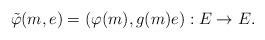
LaTeX: \begin{align*} \tilde{\varphi}(m,e)=(\varphi(m),g(m)e):E\to E.\end{align*}